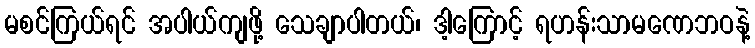
မစင်ကြယ်ရင် အပါယ်ကျဖို့ သေချာပါတယ်၊ ဒါ့ကြောင့် ရဟန်းသာမဏေဘဝနဲ့